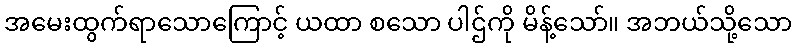
အမေးထွက်ရာသောကြောင့် ယထာ စသော ပါဌ်ကို မိန့်သော်။ အဘယ်သို့သော